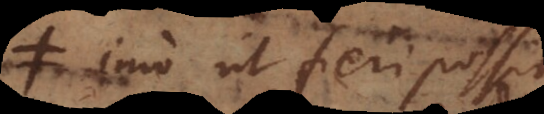
imo ut fieri possit